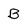
Character: B